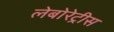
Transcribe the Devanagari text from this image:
लेबोरेट्रीस